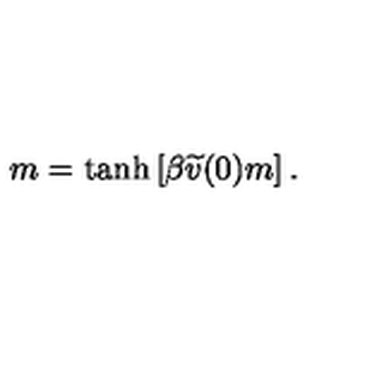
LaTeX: m = \tanh \left[ \beta \widetilde { v } ( 0 ) m \right] .